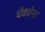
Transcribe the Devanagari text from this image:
घेववेना